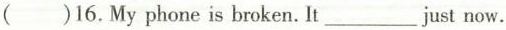
( )16.My phone is broken. It___just now.